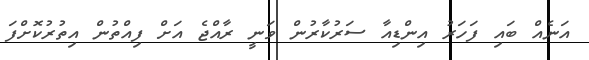
އަނެއް ބައި ފަހަރު އިންޑިއާ ސަރުކާރުން ވަނީ ރާއްޖެ އަށް ފިއްތުން އިތުރުކޮށްފަ